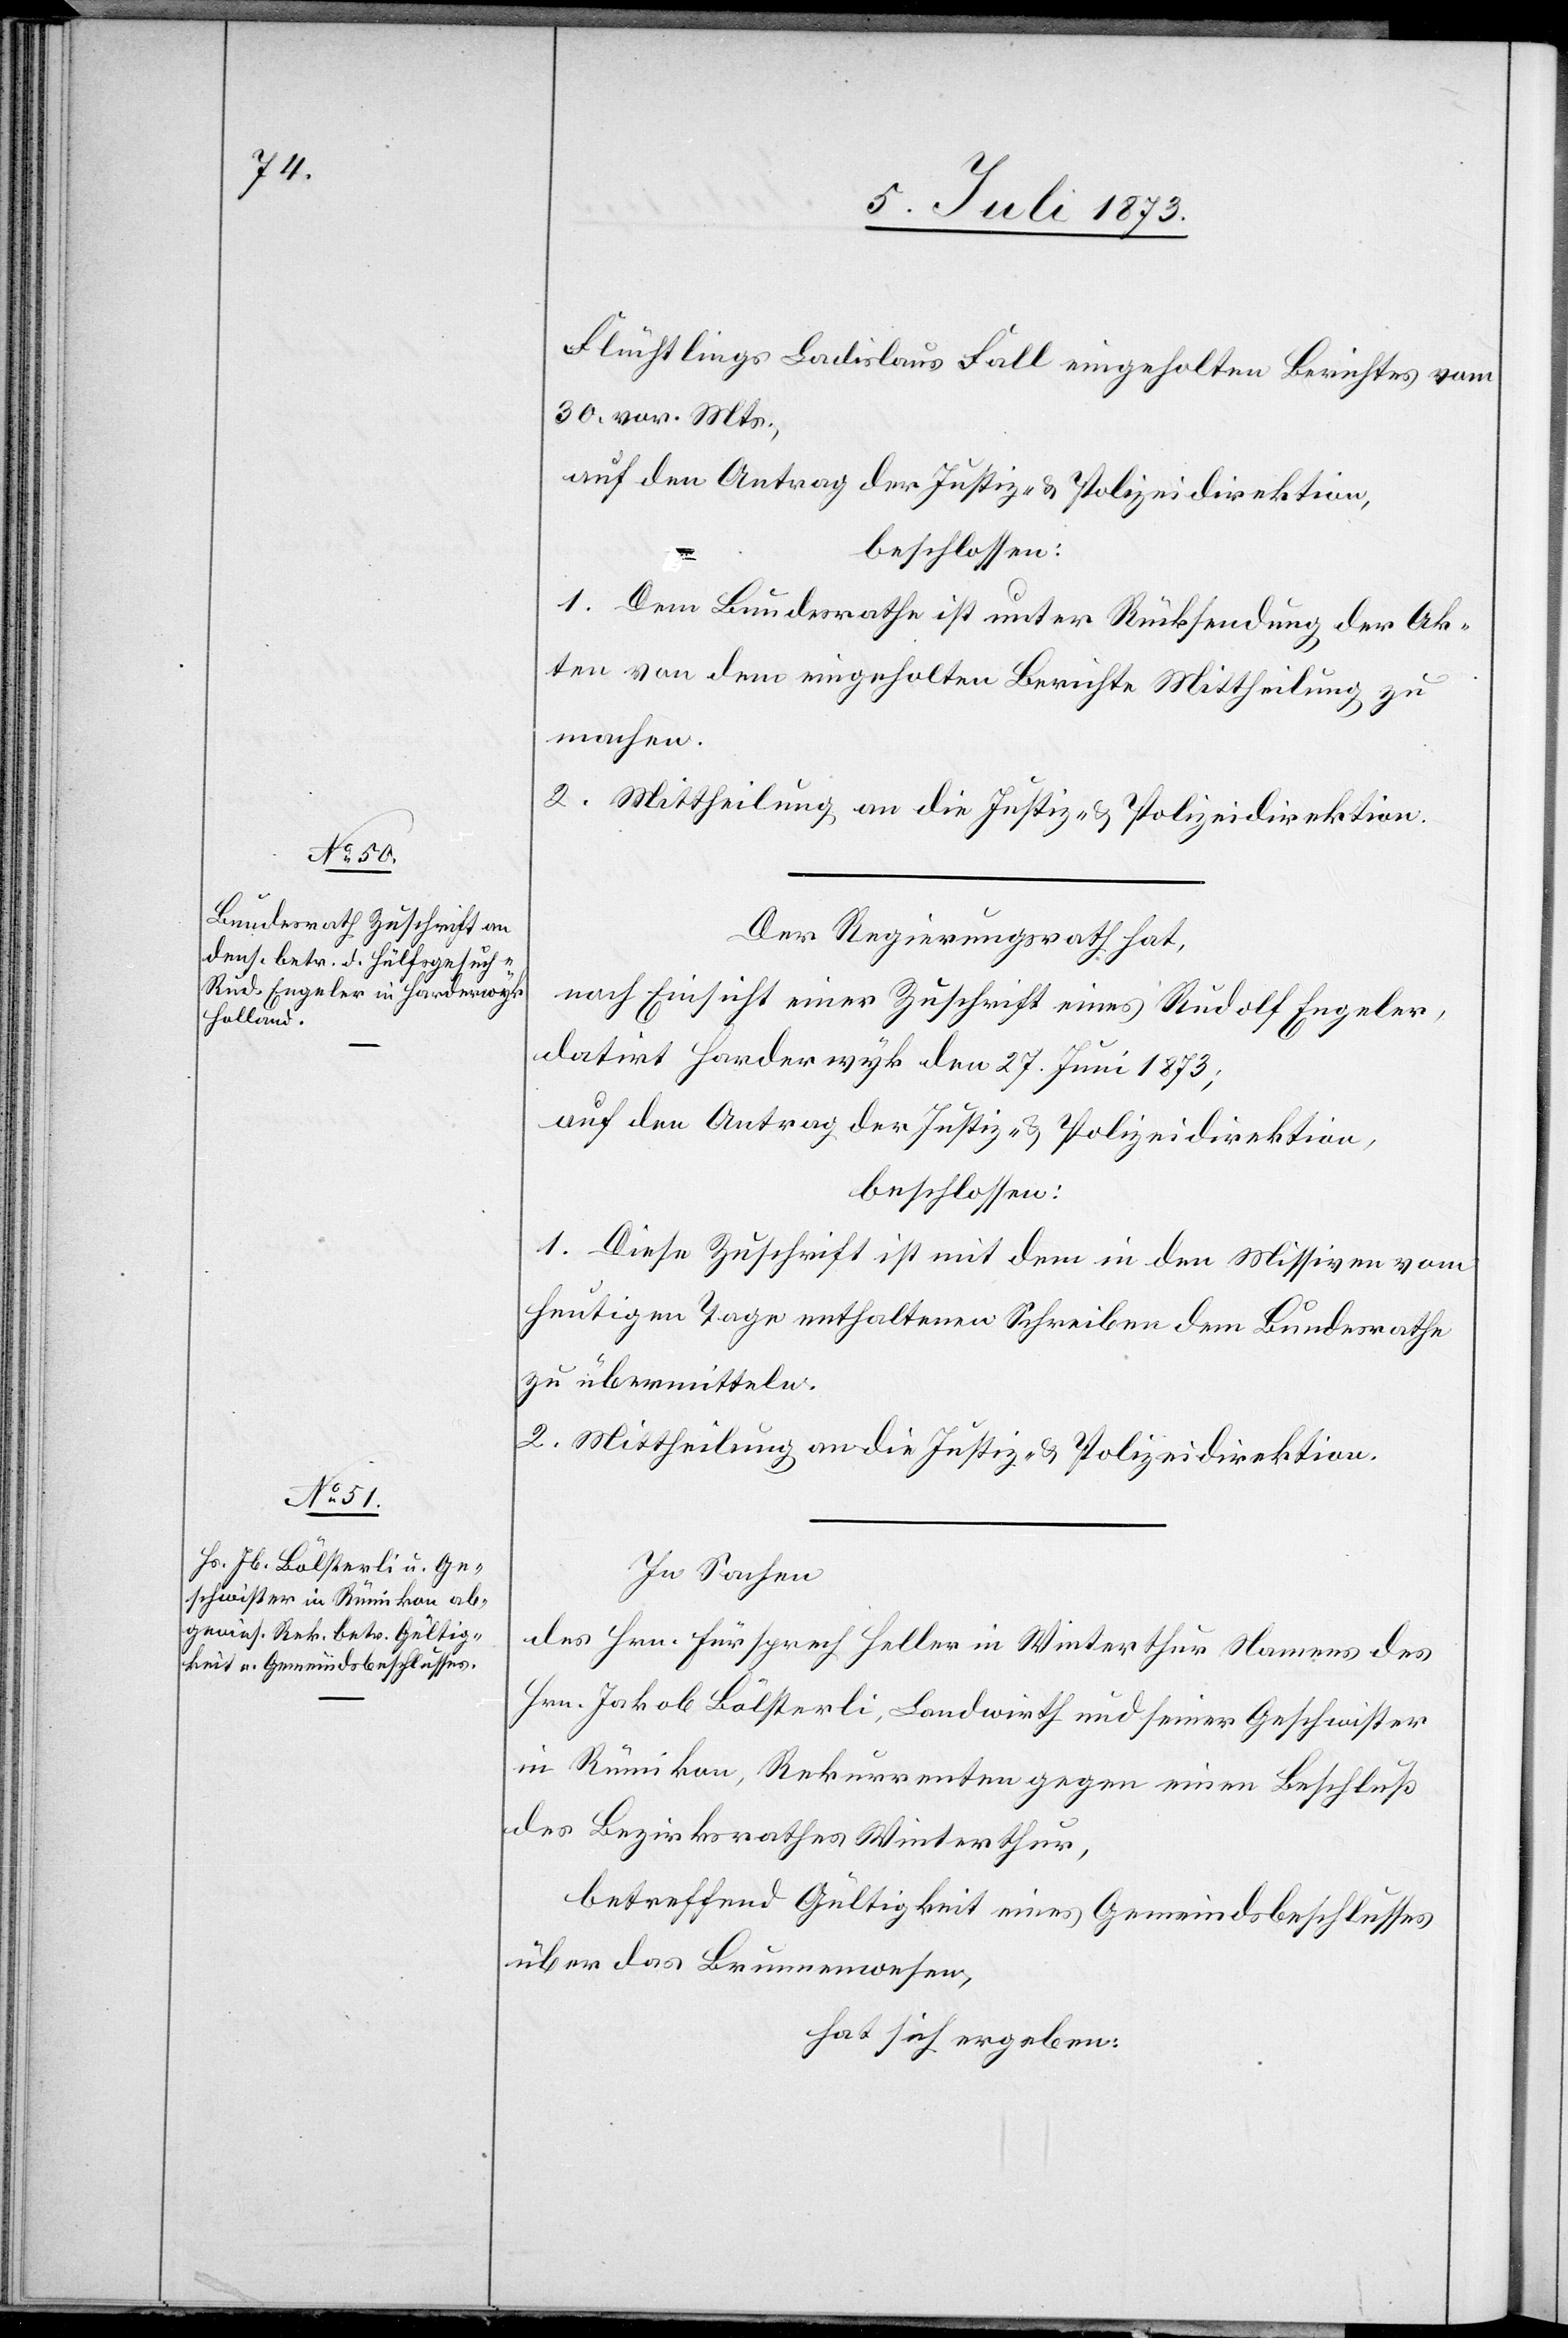
Flüchtlings Ladislaus [sic!] Fall eingeholten Berichtes vom
30. vor. Mts.,
auf den Antrag der Justiz- & Polizeidirektion,
beschlossen:
1. Dem Bundesrathe ist unter Rücksendung der Ak¬
ten von dem eingeholten Berichte Mittheilung zu
machen.
2. Mittheilung an die Justiz- & Polizeidirektion.
Der Regierungsrath hat,
nach Einsicht einer Zuschrift eines Rudolf Engeler,
datirt Harderwyk den 27. Juni 1873;
auf den Antrag der Justiz- & Polizeidirektion,
beschlossen:
1. Diese Zuschrift ist mit dem in den Missiven vom
heutigen Tage enthaltenen Schreiben dem Bundesrathe
zu übermitteln.
2. Mittheilung an die Justiz- & Polizeidirektion.
In Sachen
des Hrn. Fürsprech Heller in Winterthur Namens des
Hrn. Jakob Bölsterli, Landwirth und seiner Geschwister
in Rümikon, Rekurrenten gegen einen Beschluß
des Bezirksrathes Winterthur,
betreffend Gültigkeit eines Gemeindsbeschlusses
über das Brunnenwesen,
hat sich ergeben: